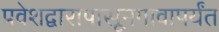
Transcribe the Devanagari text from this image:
प्रवेशद्वारापासूनगावापर्यंत